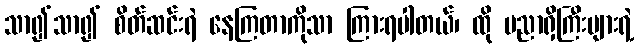
သာ၍သာ၍ စိတ်ဆင်းရဲ နေကြတာကိုသာ ကြားရပါတယ်၊ ထို ပညာရှိကြီးများရဲ့